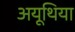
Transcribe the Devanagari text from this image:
अयूथिया